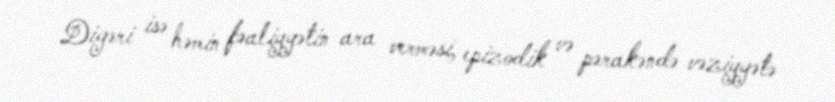
Digəri isə həmin fəaliyyətin ara verməsi, epizodik və pərakəndə vəziyyətə